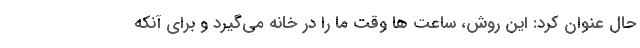
حال عنوان کرد: این روش، ساعت ها وقت ما را در خانه می‌گیرد و برای آنکه